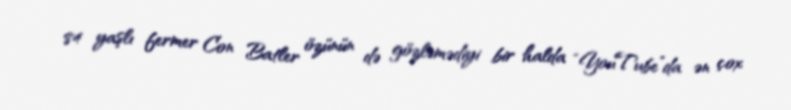
84 yaşlı fermer Con Batler özünün də gözləmədiyi bir halda “YouTube”da ən çox